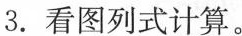
3.看图列式计算。